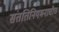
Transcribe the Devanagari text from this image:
संततिनियमनाचीच